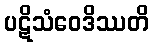
ပဋိသံဝေဒိဿတိ